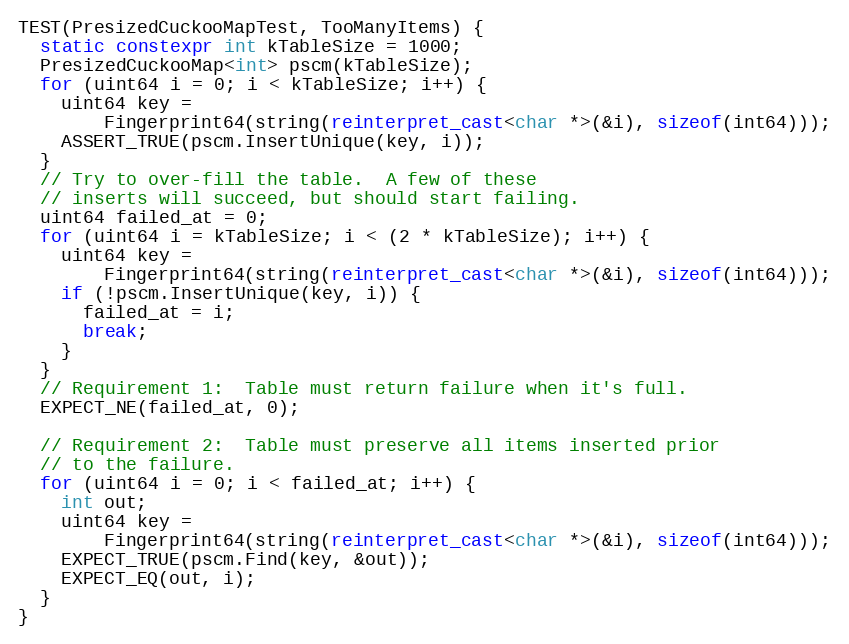
Language: C++
TEST(PresizedCuckooMapTest, TooManyItems) {
  static constexpr int kTableSize = 1000;
  PresizedCuckooMap<int> pscm(kTableSize);
  for (uint64 i = 0; i < kTableSize; i++) {
    uint64 key =
        Fingerprint64(string(reinterpret_cast<char *>(&i), sizeof(int64)));
    ASSERT_TRUE(pscm.InsertUnique(key, i));
  }
  // Try to over-fill the table.  A few of these
  // inserts will succeed, but should start failing.
  uint64 failed_at = 0;
  for (uint64 i = kTableSize; i < (2 * kTableSize); i++) {
    uint64 key =
        Fingerprint64(string(reinterpret_cast<char *>(&i), sizeof(int64)));
    if (!pscm.InsertUnique(key, i)) {
      failed_at = i;
      break;
    }
  }
  // Requirement 1:  Table must return failure when it's full.
  EXPECT_NE(failed_at, 0);

  // Requirement 2:  Table must preserve all items inserted prior
  // to the failure.
  for (uint64 i = 0; i < failed_at; i++) {
    int out;
    uint64 key =
        Fingerprint64(string(reinterpret_cast<char *>(&i), sizeof(int64)));
    EXPECT_TRUE(pscm.Find(key, &out));
    EXPECT_EQ(out, i);
  }
}